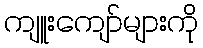
ကျူးကျော်များကို